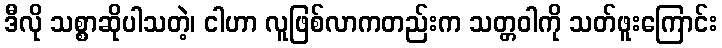
ဒီလို သစ္စာဆိုပါသတဲ့၊ ငါဟာ လူဖြစ်လာကတည်းက သတ္တဝါကို သတ်ဖူးကြောင်း